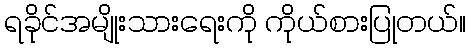
ရခိုင်အမျိုးသားရေးကို ကိုယ်စားပြုတယ်။